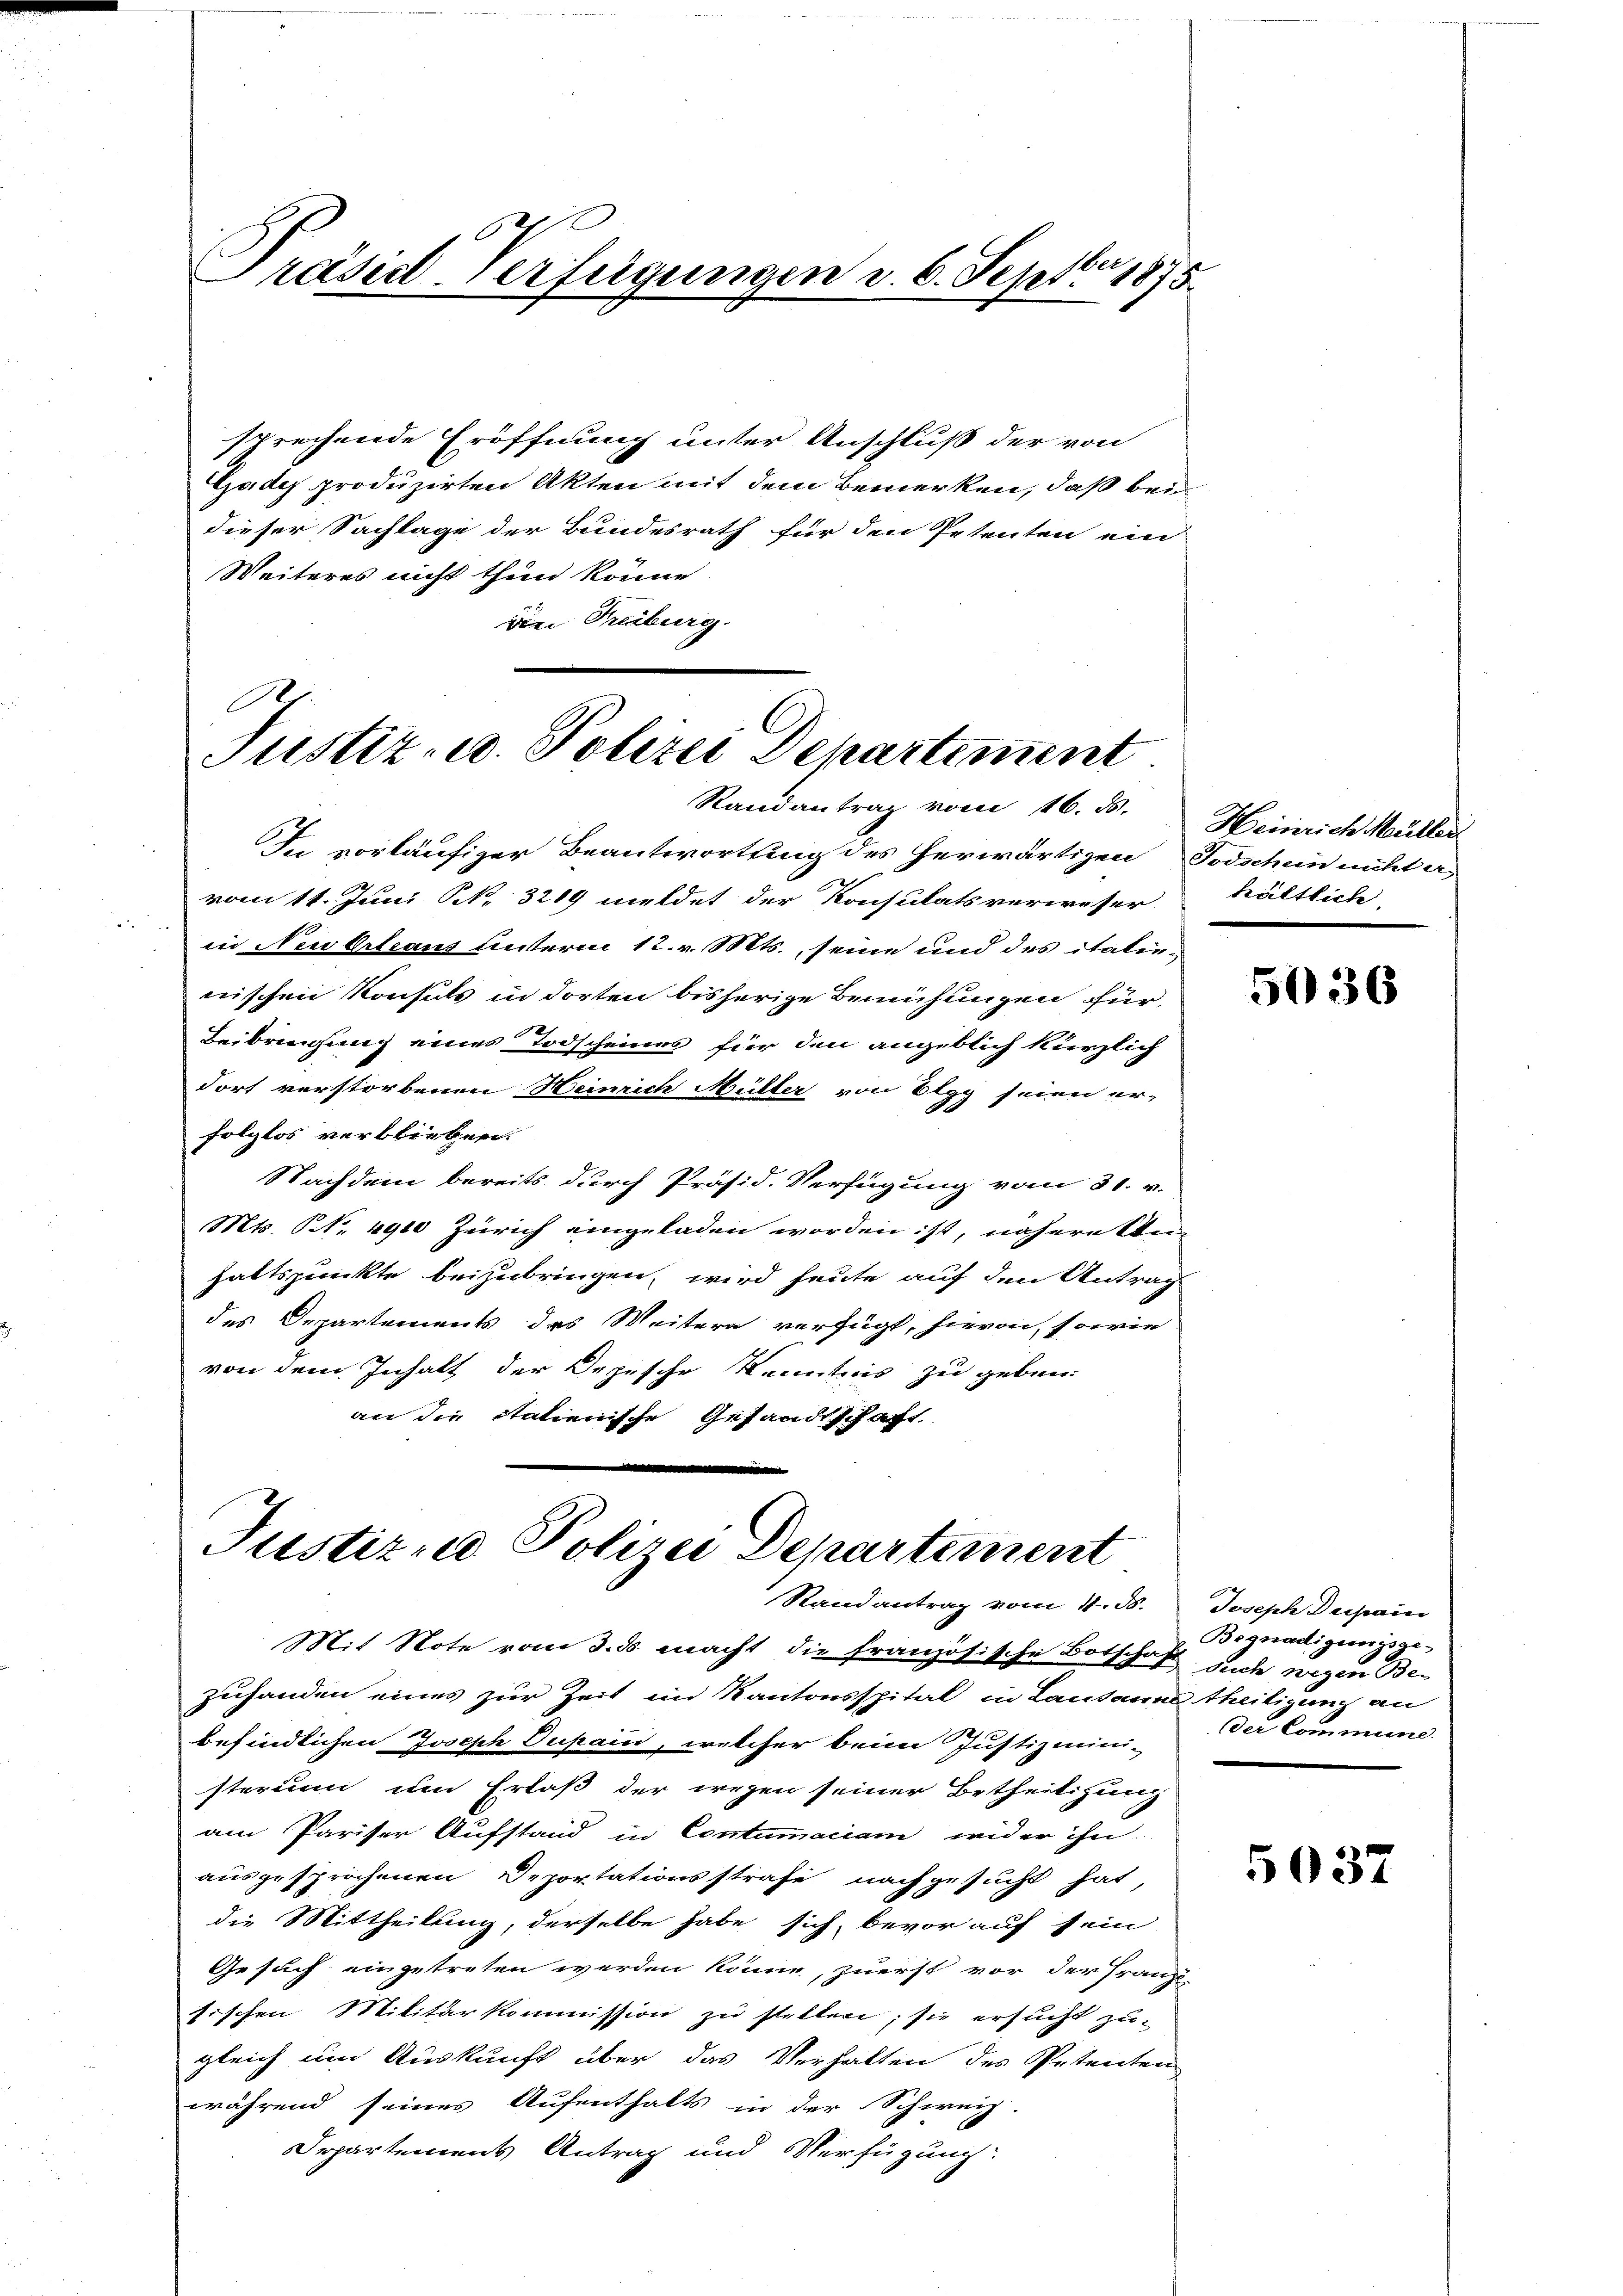
O
Präsid-Verfügungen d. 6. Septbr 1875.

sprechende Eröffnung unter Anschluß der von
Godes produzirten Akten mit dem Bemerken, daß bei
dieser Sachlage der Bundesrath für den Petenten ein
Weiteres nicht thun könne
viri Treiburg.
F

Justiz- u. Polizei Departiment
Randantrag vom 16. ds.

In vorläufiger Beantwortung des herwärtigen Todschein nicht a
vom 11. Juni N. 3219 meldet der Konsulatsverweser
in Neuerleaus unterm 12. v. Mts., seine und des italienischen Konsuls in dorten bisherige Bemühungen für
Beibringung eines Todscheines für den angeblich kürzlich
dorf verstorbenen Heinrich Müller von Elgg seien er-
folglos verblieben.
Nachdem bereits durch Präsid. Verfügung vom 31. v.
Mts. No. 4910 Zürich eingeladen worden ist, nähere Un-
haltspunkte beizubringen, wird heute auf den Antrag
des Departements des Weitern verfügt, hievon, sowie
von dem Inhalt der Depesche Kenntnis zu geben:
an die Italienische Gesandtschaft

Justizud Polizei Departement
Stand antrag vom 4. ds.

Mit Note vom 3. ds. macht die französische Botschaft auch wegen Bezuhanden eines zur Zeit im Kantonsspital in Lausanne theiligung an
befindlichen Joseph Dupain, welcher beim Justizmini-
sterium um Erlaß der wegen seiner Betheiligung
am Pariser Aufstand in Contumaciam wider ihn
ausgesprochenen Deportationsstrafe nachgesucht hat,
die Mittheilung, derselbe habe sich, bevor auf sein
Gesuch eingetreten werden könne, zuerst vor der Franzi
fischen Militärkommission zu stellen; sie ersucht zu-
gleich um Auskunft über das Verhalten des Petenten
während seines Aufenthalts in der Schweiz
Departements Antrag und Verfügung:

Heinrich Müller
hältlich.

5036

Joseph Dechain
Begnadigungsge-
Der Commine.

5037